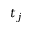
t _ { j }